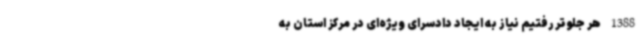
1388 هر جلوتر رفتیم نیاز به ایجاد دادسرای ویژه‌ای در مرکز استان به